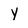
Character: y